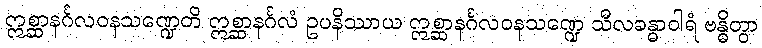
ဣစ္ဆာနင်္ဂလဝနသဏ္ဍေတိ ဣစ္ဆာနင်္ဂလံ ဥပနိဿာယ ဣစ္ဆာနင်္ဂလဝနသဏ္ဍေ သီလခန္ဓာဝါရံ ဗန္ဓိတွာ